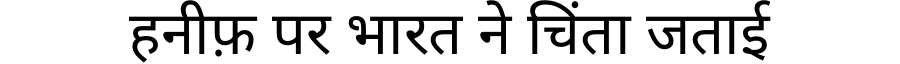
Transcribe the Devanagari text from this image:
हनीफ़ पर भारत ने चिंता जताई